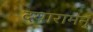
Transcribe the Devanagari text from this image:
दयारामनुं